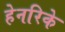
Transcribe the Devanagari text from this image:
हेनरिके